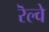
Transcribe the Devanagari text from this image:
रॆल्वे